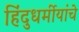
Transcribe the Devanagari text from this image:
हिंदुधर्मीयांचे